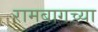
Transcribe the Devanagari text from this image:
रामबागच्या